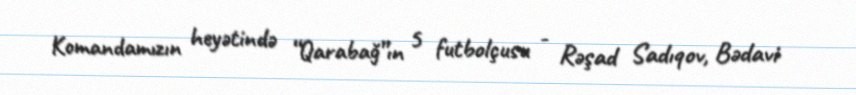
Komandamızın heyətində “Qarabağ”ın 5 futbolçusu - Rəşad Sadıqov, Bədavi